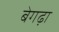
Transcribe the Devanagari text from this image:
बेगढ़ा